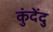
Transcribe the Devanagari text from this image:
कुंदेंदु